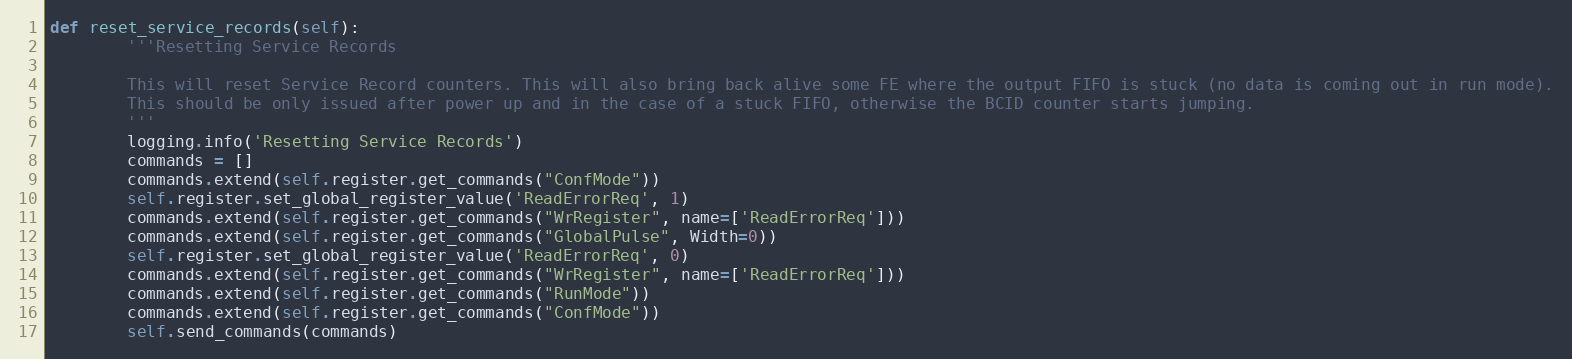
Language: Python
def reset_service_records(self):
        '''Resetting Service Records

        This will reset Service Record counters. This will also bring back alive some FE where the output FIFO is stuck (no data is coming out in run mode).
        This should be only issued after power up and in the case of a stuck FIFO, otherwise the BCID counter starts jumping.
        '''
        logging.info('Resetting Service Records')
        commands = []
        commands.extend(self.register.get_commands("ConfMode"))
        self.register.set_global_register_value('ReadErrorReq', 1)
        commands.extend(self.register.get_commands("WrRegister", name=['ReadErrorReq']))
        commands.extend(self.register.get_commands("GlobalPulse", Width=0))
        self.register.set_global_register_value('ReadErrorReq', 0)
        commands.extend(self.register.get_commands("WrRegister", name=['ReadErrorReq']))
        commands.extend(self.register.get_commands("RunMode"))
        commands.extend(self.register.get_commands("ConfMode"))
        self.send_commands(commands)